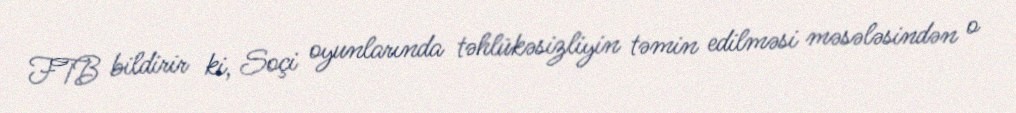
FTB bildirir ki, Soçi oyunlarında təhlükəsizliyin təmin edilməsi məsələsindən o